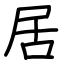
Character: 居